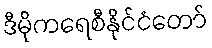
ဒီမိုကရေစီနိုင်ငံတော်